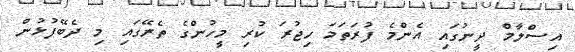
އިސްލާމް ދީނުގައި އެންމެ ފުރަތަމަ ހިޖުރަ ކުރި މީހުންގެ ތެރޭގައި މި ދެބޭފުޅުން